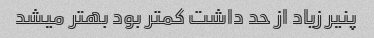
پنیر زیاد از حد داشت کمتر بود بهتر میشد